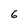
Character: 6